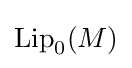
{\text{Lip}}_{0}(M)